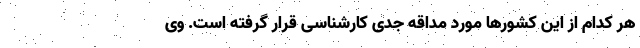
هر کدام از این کشورها مورد مداقه جدی کارشناسی قرار گرفته است. وی